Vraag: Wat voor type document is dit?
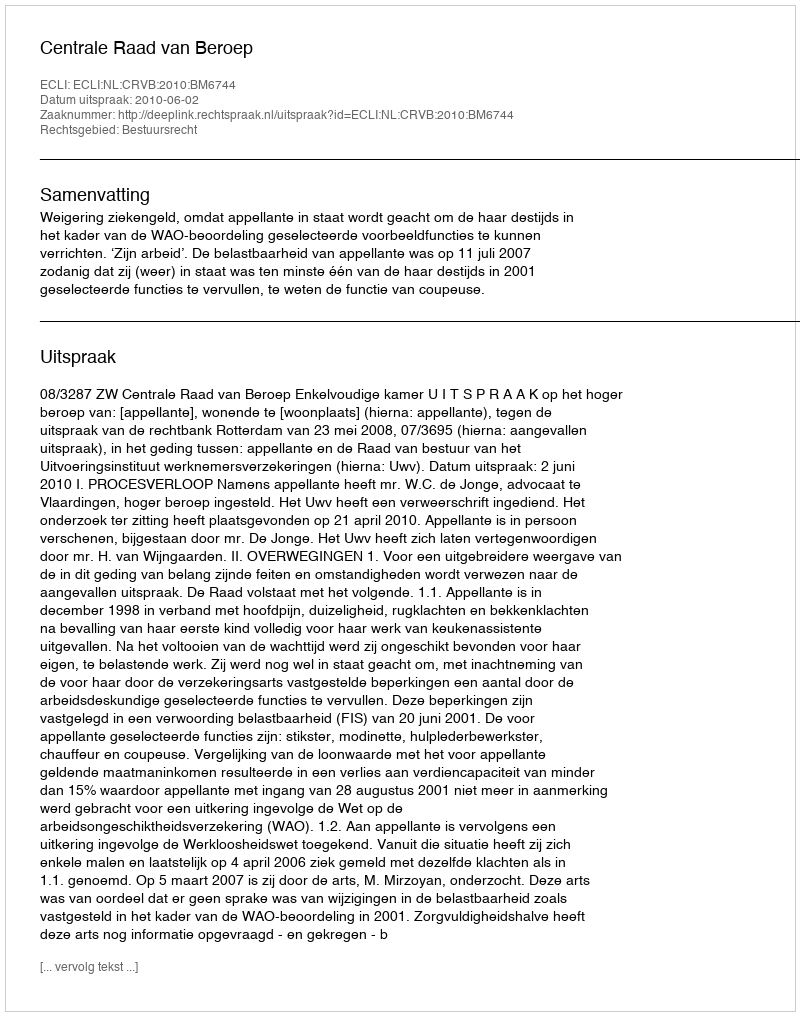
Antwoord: Uitspraak